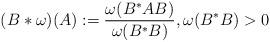
LaTeX: \begin{align*} (B * \omega)(A) := \frac{\omega(B^*AB)}{\omega(B^*B)}, \omega(B^*B) > 0 \end{align*}